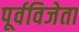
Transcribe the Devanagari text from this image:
पूर्वविजेता